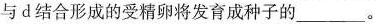
与d结合形成的受精卵将发育成种子的___。